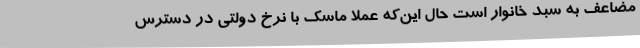
مضاعف به سبد خانوار است حال این‌که عملا ماسک با نرخ دولتی در دسترس